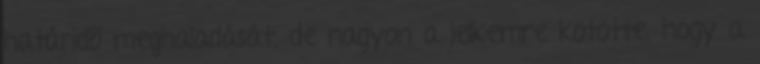
határidõ meghaladását, de nagyon a lelkemre kötötte, hogy a